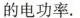
的电功率。